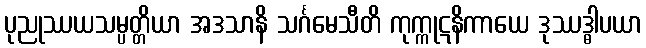
ပုညုဿယသမ္ပတ္တိယာ အဒသာနိ သင်္ဂမေသီတိ ကုက္ကုဋနိကာယေ ဒုဿဒ္ဓါပယာ